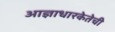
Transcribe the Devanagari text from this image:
आज्ञाधारकेतेची